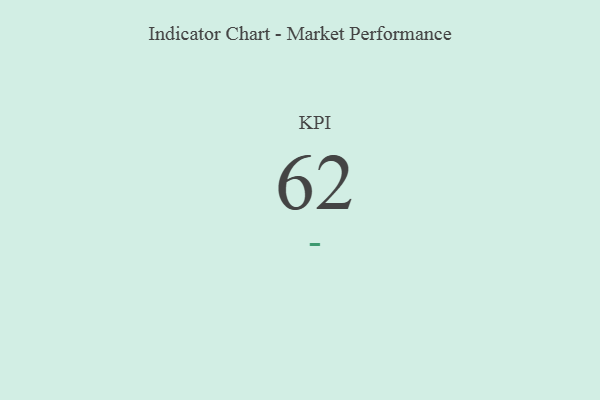
{"axis": {"x": "KPI", "y": "Value"}, "legend": [""], "data": [{"x": "KPI", "y": 62, "type": ""}]}